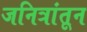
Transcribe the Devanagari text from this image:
जनित्रांतून